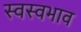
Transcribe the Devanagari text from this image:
स्वस्वभाव